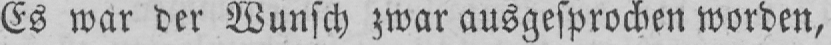
Es war der Wunsch zwar ausgesprochen worden,